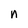
Character: n